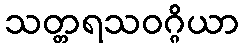
သတ္တရသဝဂ္ဂိယာ